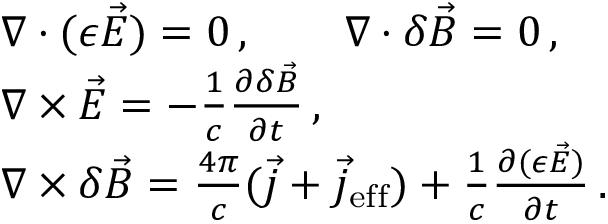
\begin{array} { r l } & { \nabla \cdot ( \epsilon \vec { E } ) = 0 \, , \qquad \nabla \cdot \delta \vec { B } = 0 \, , } \\ & { \nabla \times \vec { E } = - \frac 1 c \frac { \partial \delta \vec { B } } { \partial t } \, , } \\ & { \nabla \times \delta \vec { B } = \frac { 4 \pi } { c } ( \vec { j } + \vec { j } _ { \mathrm { e f f } } ) + \frac 1 c \frac { \partial ( \epsilon \vec { E } ) } { \partial t } \, . } \end{array}